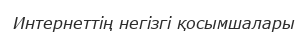
Интернеттiң негiзгi қосымшалары